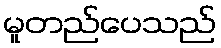
မူတည်ပေသည်